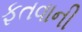
ફતવાની